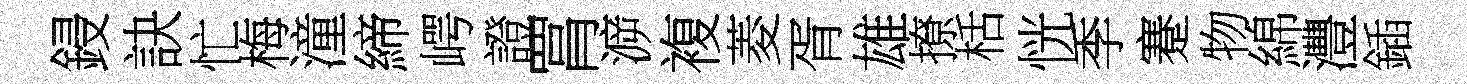
鋟訣忙梅潼締崿證罥㴑複菱胥雄撩栝恍季蹇物綿灃鍤